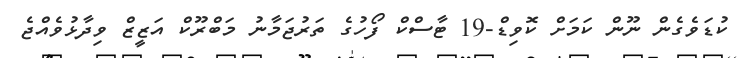
ކުޑަވެގެން ނޫން ކަމަށް ކޮވިޑް-19 ޓާސްކް ފޯހުގެ ތަރުޖަމާނު މަބްރޫކް އަޒީޒް ވިދާޅުވެއްޖެ